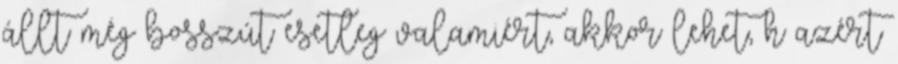
állt még bosszút esetleg valamiért, akkor lehet, h azért